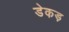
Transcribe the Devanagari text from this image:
डेकड़